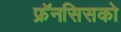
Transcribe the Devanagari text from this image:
फ्रॅनसिसको